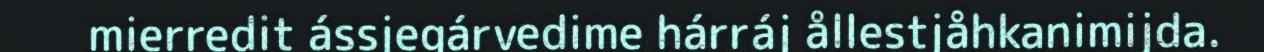
mierredit ássjegárvedime hárráj ållestjåhkanimijda.